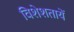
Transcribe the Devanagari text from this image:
विशेशतायें